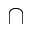
\cap